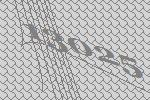
13025